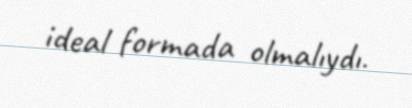
ideal formada olmalıydı.